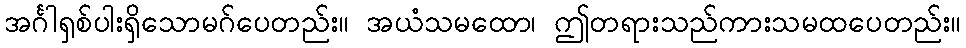
အင်္ဂါရှစ်ပါးရှိသောမဂ်ပေတည်း။ အယံသမထော၊ ဤတရားသည်ကားသမထပေတည်း။